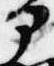
部